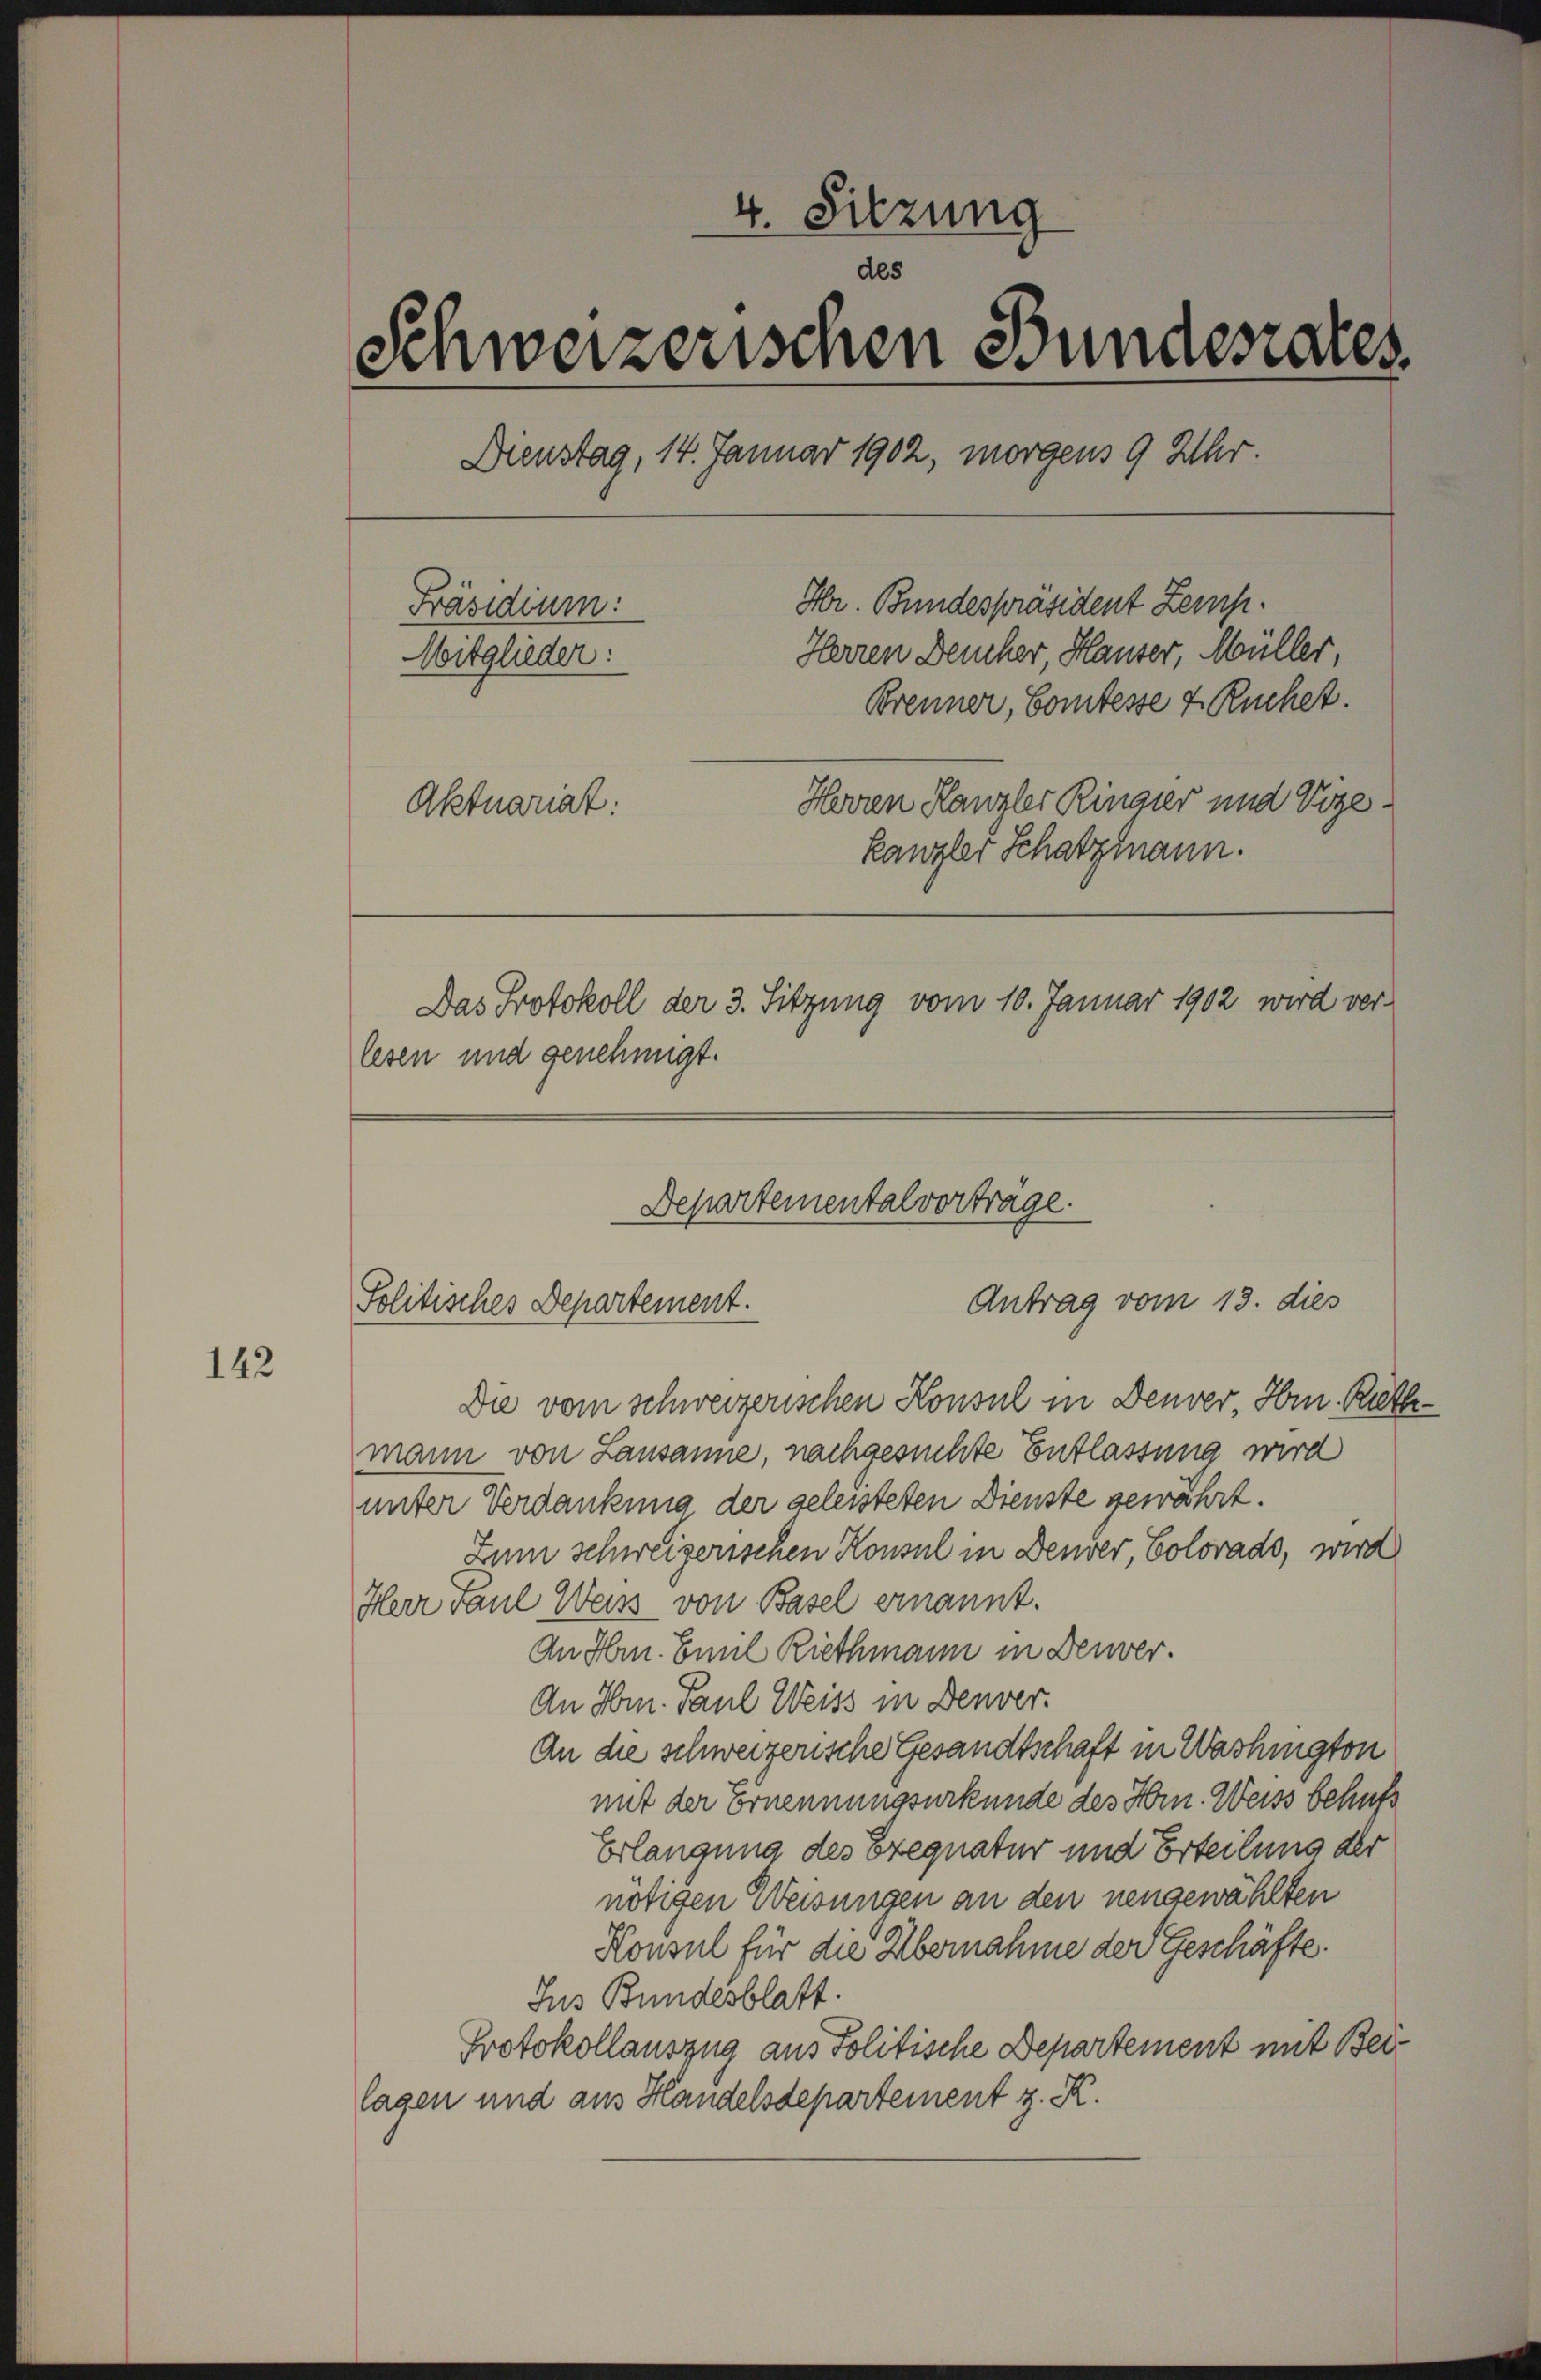
142

4. Sitzung
des
Schweizerischen Bundesares
Dienstag, 14. Januar 1902, morgens 9 Uhr.
Hr. Bundespräsident Zemp.
Präsidium:
Herren Deucher, Hauser, Müller,
Mitglieder:
Brenner, Comtesse 4 Ruchet.
Herren Kanzler Ringier und Vize-
Aktuariat:
kanzler Schatzmann.
Das Protokoll der 3. Sitzung vom 10. Januar 1902 wird ver-
lesen und genehmigt.

Die vom schweizerischen Konsul in Denver, Hrn. Rathmann von Lausanne, nachgesuchte Entlassung wird
unter Verdankung der geleisteten Dienste gewährt.
Zum schweizerischen Konsul in Deurer, Colorado, wird
Herr Paul Weiss von Basel ernannt.
An Hrn. Emil Riethmann in Deuver.
An Hrn. Paul Weiss in Denver.
An die schweizerische Gesandtschaft in Washington
mit der Ernennungsurkunde des Hrn. Weiss behuf
Erlangung des Exequatur und Erteilung der
nötigen Weisungen an den neugewählten
Honsul für die Übernahme der Geschäfte.
Jus Bundesblatt.
Protokollauszug aus Politische Departement mit Beilagen und aus Handelsdepartement z. R.

Departemental vortrage.
Antrag vom 13. dies
Politisches Departement.